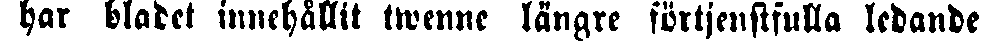
har bladet innehållit twenne längre förtjenstfulla ledande